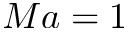
M a = 1